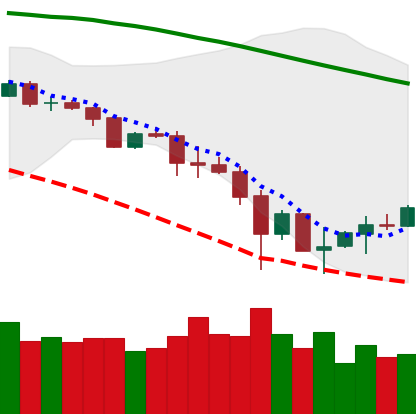
Ticker: ETC-USD
Chart end date: 2019-11-29
Forward return: -7.679%
Label: down_7plus